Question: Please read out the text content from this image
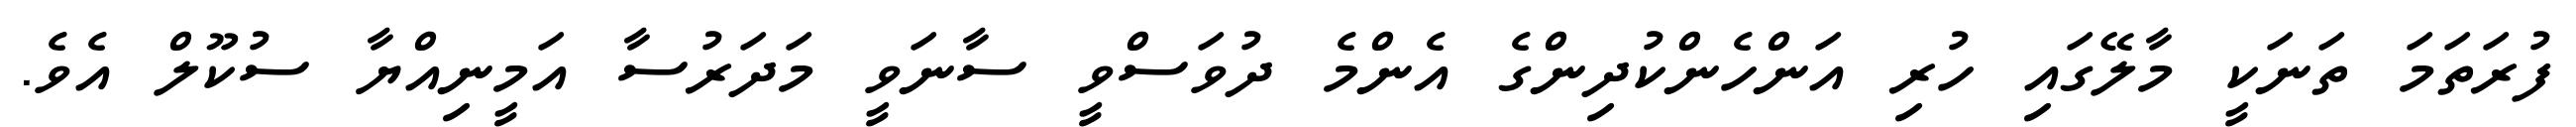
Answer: ފުރަތަމަ ތަނަކީ މާލޭގައި ހުރި އަންހެންކުދިންގެ އެންމެ ދުވަސްވީ ސާނަވީ މަދަރުސާ އަމީނިއްޔާ ސުކޫލް އެވެ.